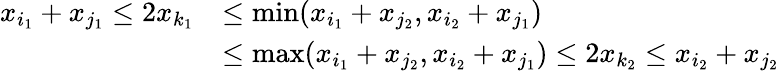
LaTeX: \begin{array}{rl}{x_{i_{1}}+x_{j_{1}}\leq 2x_{k_{1}}}&{\leq\operatorname*{min}(x_{i_{1}}+x_{j_{2}},x_{i_{2}}+x_{j_{1}})}\\ &{\leq\operatorname*{max}(x_{i_{1}}+x_{j_{2}},x_{i_{2}}+x_{j_{1}})\leq 2x_{k_{2}}\leq x_{i_{2}}+x_{j_{2}}}\end{array}